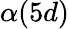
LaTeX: \alpha(5d)